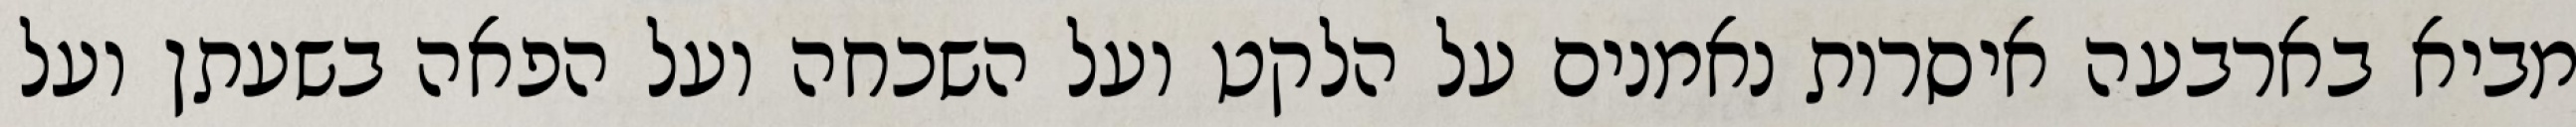
מביא בארבעה איסרות נאמנים על הלקט ועל השכחה ועל הפאה בשעתן ועל